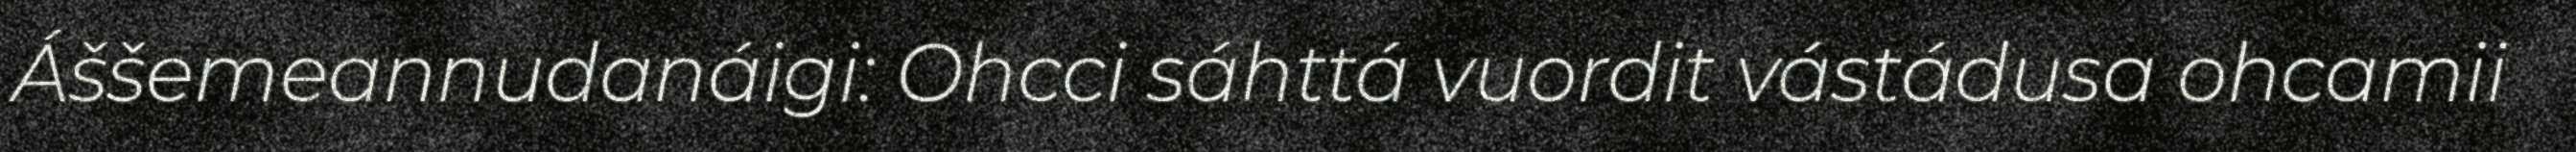
Áššemeannudanáigi: Ohcci sáhttá vuordit vástádusa ohcamii